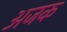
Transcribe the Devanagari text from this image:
अजक